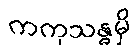
ကကုသန္ဓမှိ